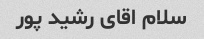
سلام اقای رشید پور